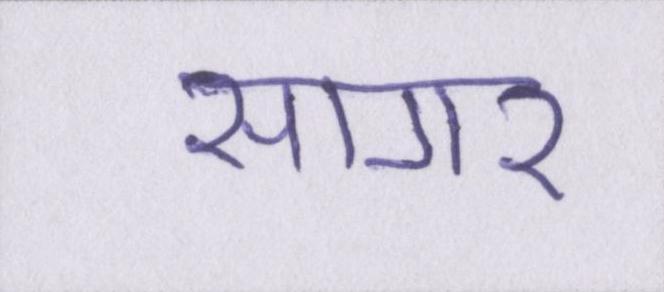
सागर